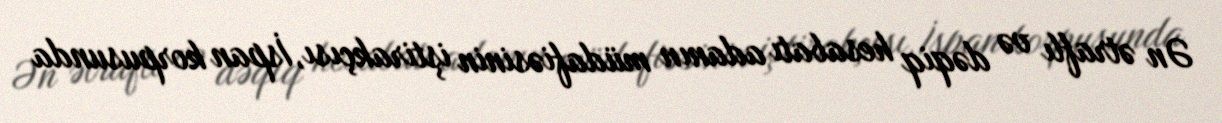
Ən ətraflı və dəqiq hesabatı adanın müdafiəsinin iştirakçısı, İspan korpusunda